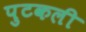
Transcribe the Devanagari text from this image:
पुटकली